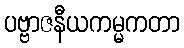
ပဗ္ဗာဇနီယကမ္မကတာ